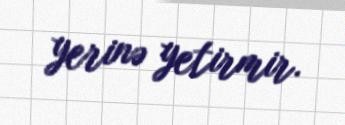
yerinə yetirmir.